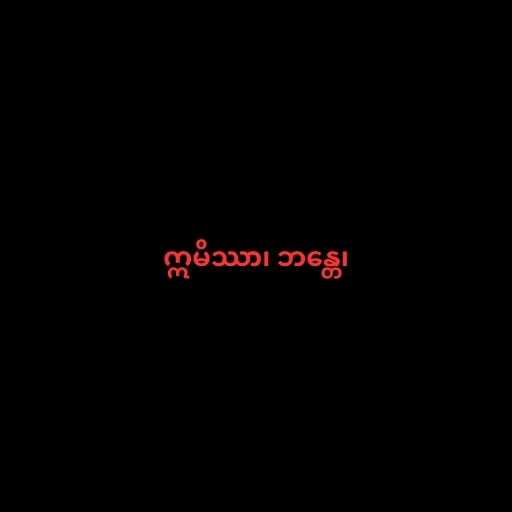
ဣမိဿာ၊ ဘန္တေ၊